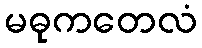
မဓုကတေလံ